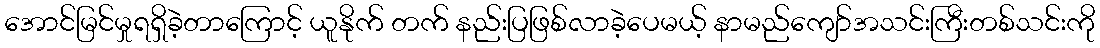
အောင်မြင်မှုရရှိခဲ့တာကြောင့် ယူနိုက် တက် နည်းပြဖြစ်လာခဲ့ပေမယ့် နာမည်ကျော်အသင်းကြီးတစ်သင်းကို